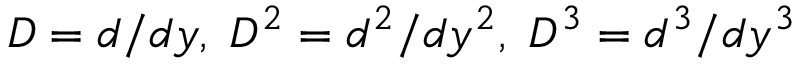
D = d / d y , \; D ^ { 2 } = d ^ { 2 } / d y ^ { 2 } , \; D ^ { 3 } = d ^ { 3 } / d y ^ { 3 }